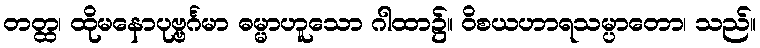
တတ္ထ၊ ထိုမနောပုဗ္ဗင်္ဂမာ ဓမ္မာဟူသော ဂါထာ၌။ ဝိစယဟာရသမ္ပာတော၊ သည်။